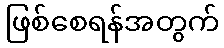
ဖြစ်စေရန်အတွက်